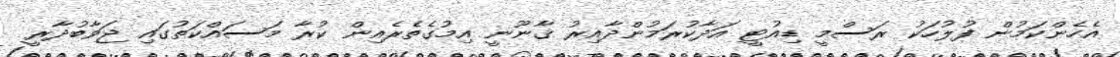
އެހެންކަމުން ފުލުހަކު ރަސްމީ ޑިއުޓީ އަދާކުރަމުންދާއިރު ޤާނޫނީ އިމުގެތެރެއިން ކުރާ މަސައްކަތުގައި ޖަވާބުދާރީ